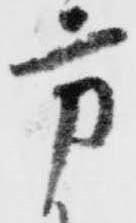
方